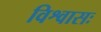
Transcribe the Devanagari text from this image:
विश्वासः